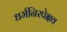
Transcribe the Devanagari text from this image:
धर्मनिरपेक्षव